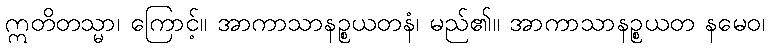
ဣတိတသ္မာ၊ ကြောင့်။ အာကာသာနဉ္စယတနံ၊ မည်၏။ အာကာသာနဉ္စယတ နမေဝ၊